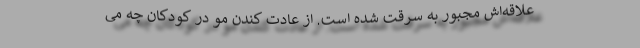
علاقه‌اش مجبور به سرقت شده است. از عادت کندن مو در کودکان چه می‌